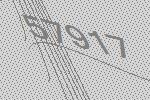
57917